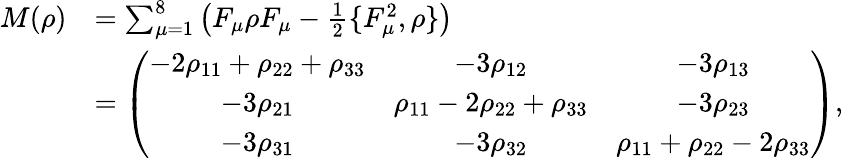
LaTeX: \begin{array}{rl}{M(\rho)}&{=\sum_{\mu=1}^{8}\left(F_{\mu}\rho F_{\mu}-\frac{1}{2}\{ F_{\mu}^{2},\rho\} \right)}\\ &{=\left(\begin{array}{ccc}{-2\rho_{11}+\rho_{22}+\rho_{33}}&{-3\rho_{12}}&{-3\rho_{13}}\\ {-3\rho_{21}}&{\rho_{11}-2\rho_{22}+\rho_{33}}&{-3\rho_{23}}\\ {-3\rho_{31}}&{-3\rho_{32}}&{\rho_{11}+\rho_{22}-2\rho_{33}}\end{array}\right),}\end{array}